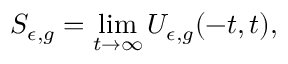
S _ { \epsilon , g } = \operatorname* { l i m } _ { t \rightarrow \infty } U _ { \epsilon , g } ( - t , t ) ,